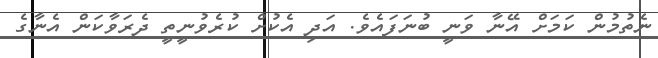
ނެތުމުން ކަމަށް އޭނާ ވަނީ ބުނަފައެވެ. އަދި އެކުށް ކުރެވުނީތީ ދެރަވާކަން އެނާގެ